Leaving Certificate, 1900
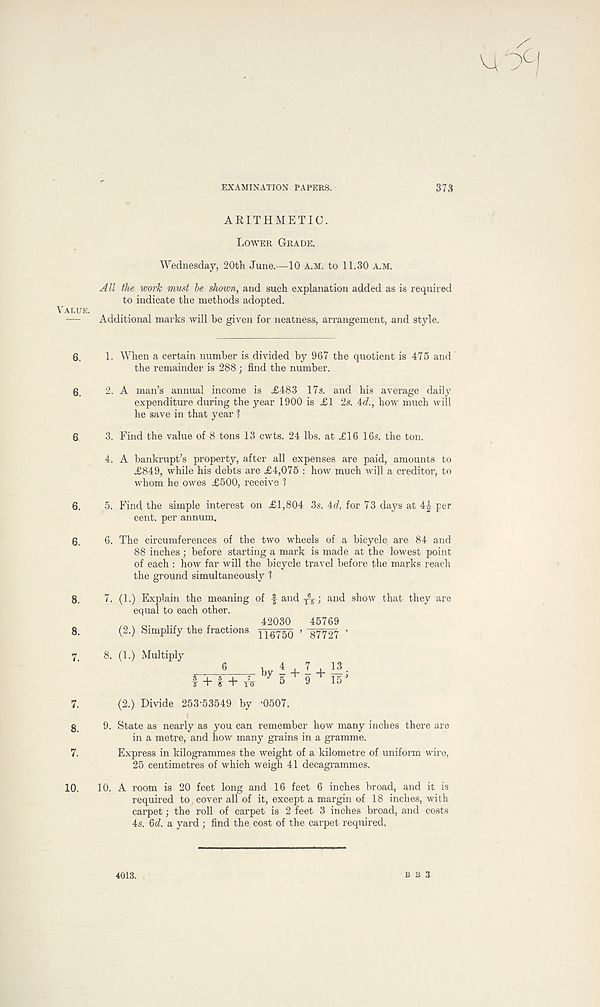
EXAMINATION PAPERS.
373
Value
6.
6.
6.
6.
6.
8.
8.
7.
7.
8.
7.
10.
ARITHMETIC.
Lower Grade.
Wednesday, 20th June.—10 A.M. to 11.30 A.M.
All the work must be shown, and such explanation added as is required
to indicate the methods adopted.
Additional marks will be given for neatness, arrangement, and style.
1. When a certain number is divided by 967 the quotient is 475 and
the remainder is 288 ; find the number.
2. A man’s annual income is <£483 17s. and his average daily
expenditure during the year 1900 is £1 2s. 4<f., how much will
he save in that year ?
3. Find the value of 8 tons 13 cwts. 24 lbs. at £16 16s. the ton.
4. A bankrupt’s property, after all expenses are paid, amounts to
£849, while his debts are £4,075 : how much will a creditor, to
whom he owes £500, receive 1
5. Find the simple interest on £1,804 3s. 4<7, for 73 days at 4£ per
cent, per annum.
6. The circumferences of the two wheels of a bicycle are 84 and
88 inches ; before starting a mark is made at the lowest point
of each : how far will the bicycle travel before the marks reach
the ground simultaneously 1
7. (1.) Explain the meaning of f and T ® ¥ ; and show that they are
equal to each other.
r . 42030 45769
(2.) Simplify the fractions ] j.675() ’ 37727 ’
8. (1.) Multiply
6
, 4 . 7 , 13
ft* b)r 5 + 9 +15 ;
(2.) Divide 253-53549 by ’0507.
9. State as nearly as you can remember how many inches there are
in a metre, and how many grains in a gramme.
Express in kilogrammes the weight of a kilometre of uniform wire,
25 centimetres of which weigh 41 decagrammes.
10. A room is 20 feet long and 16 feet 6 inches broad, and it is
required to cover all of it, except a margin of 18 inches, with
carpet; the roll of carpet is 2 feet 3 inches broad, and costs
4s. 6(7 a yard ; find the. cost of the carpet required,
4013.